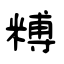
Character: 糐